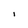
Character: i